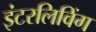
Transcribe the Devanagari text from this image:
इंटरलिविंग